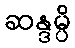
ဆန္ဒမ္ပိ